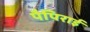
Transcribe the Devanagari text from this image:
पैपिराई